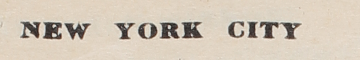
NEW YORK CITY